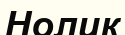
Нолик